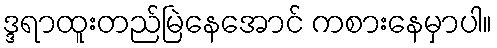
ဒ္ဒရာထူးတည်မြဲနေအောင် ကစားနေမှာပါ။